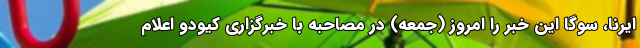
ایرنا، سوگا این خبر را امروز (جمعه) در مصاحبه با خبرگزاری کیودو اعلام